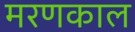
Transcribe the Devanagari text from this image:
मरणकाल